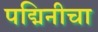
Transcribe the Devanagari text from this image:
पद्मिनीचा